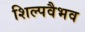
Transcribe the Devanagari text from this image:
शिल्पवैभव